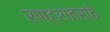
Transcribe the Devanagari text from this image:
राष्ट्रातर्फे